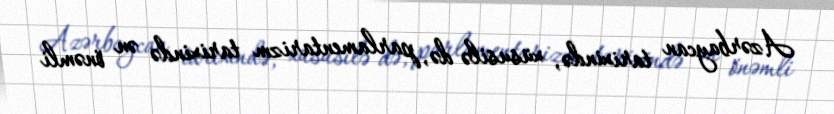
Azərbaycan tarixində, xüsusilə də, parlamentarizm tarixində ən önəmli